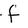
Character: f